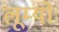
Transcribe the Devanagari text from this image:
लूम्योः